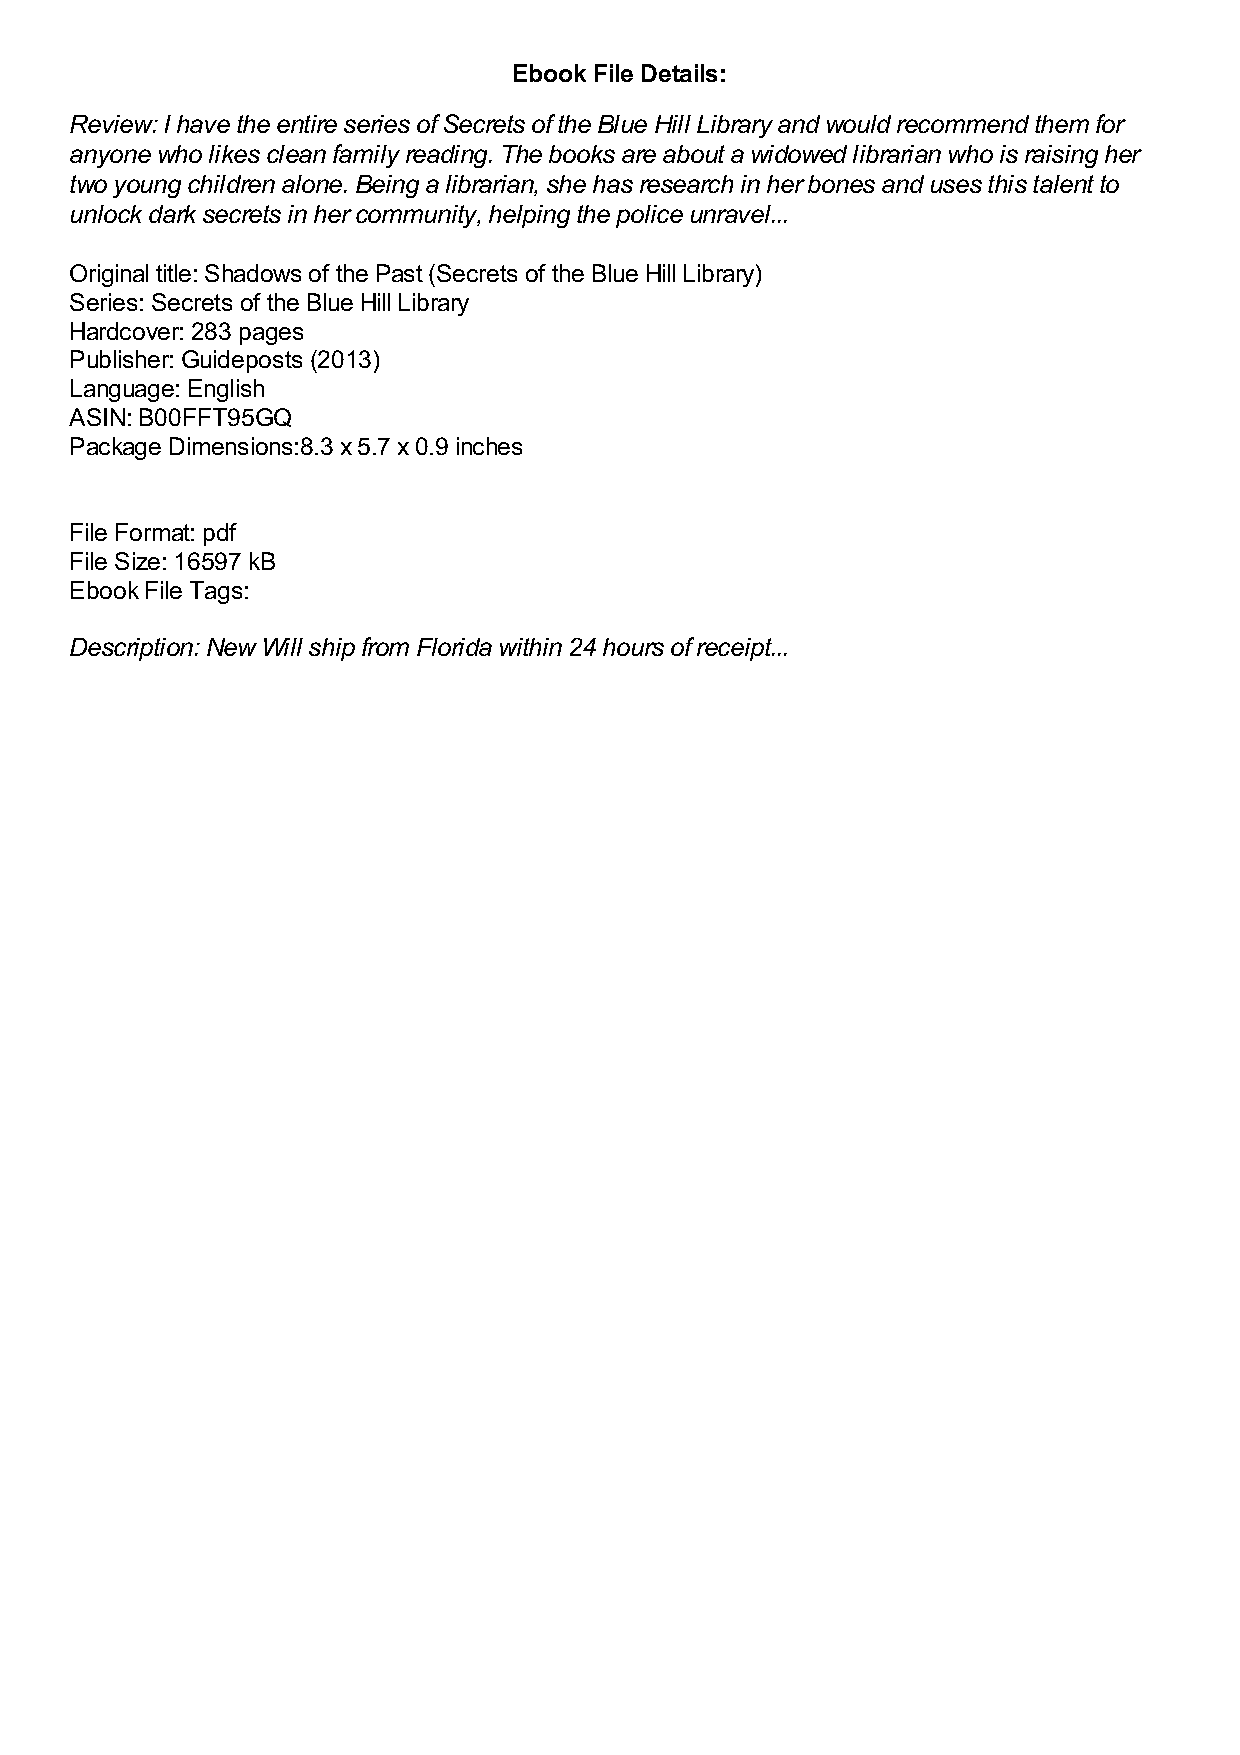
Ebook File Details:
 Review: I have the entire series of Secrets of the Blue Hill Library and would recommend them for
 anyone who likes clean family reading. The books are about a widowed librarian who is raising her
 two young children alone. Being a librarian, she has research in her bones and uses this talent to
 unlock dark secrets in her community, helping the police unravel...
 Original title: Shadows of the Past (Secrets of the Blue Hill Library)
 Series: Secrets of the Blue Hill Library
 Hardcover: 283 pages
 Publisher: Guideposts (2013)
 Language: English
 ASIN: B00FFT95GQ
 Package Dimensions:8.3 x 5.7 x 0.9 inches
 File Format: pdf
 File Size: 16597 kB
 Ebook File Tags:
 Description: New Will ship from Florida within 24 hours of receipt...